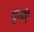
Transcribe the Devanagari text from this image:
घुरकी